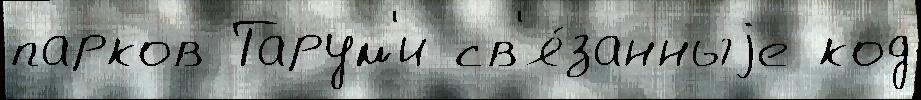
парков Тарум'и св'я́занныjе код